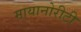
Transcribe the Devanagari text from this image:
मायानोरीटी